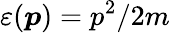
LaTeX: \varepsilon(\boldsymbol{p})=p^{2}/2m